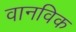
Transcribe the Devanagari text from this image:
वानविक